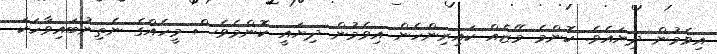
އިވެމުން ދިޔައެވެ. ކޮންމެ މޭޒެއް ކައިރިންހެން އިވެމުން ދިޔައީ ކޮންމެވެސް މީހެއްގެ ނެތިނުބައިވާހަކަ